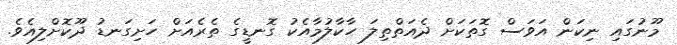
މޫނުގައި ނިކަން އަވަސް ގޮތަކަށް ދެއަތްތިލަ ހާކާލުމާއެކު ގޮނޑީގެ ތެރެއަށް ހަށިގަނޑު ދޫކޮށްލިއެވެ.